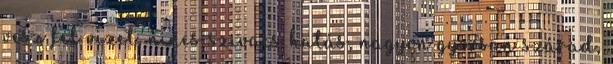
vesz fel vizet, nincs szivacs hatás, nagyon gyorsan szárad,